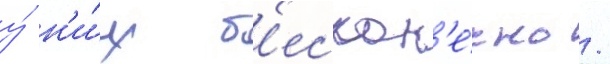
у́ н'и́х б'ескон'е́чно /